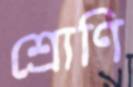
শ্রোণি